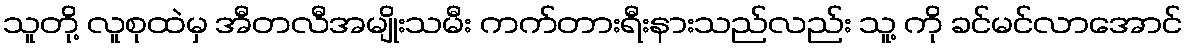
သူတို့ လူစုထဲမှ အီတလီအမျိုးသမီး ကက်တားရီးနားသည်လည်း သူ့ ကို ခင်မင်လာအောင်